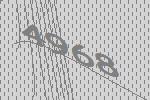
4968